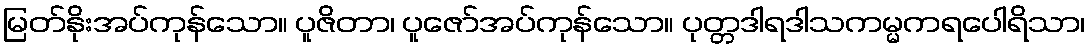
မြတ်နိုးအပ်ကုန်သော။ ပူဇိတာ၊ ပူဇော်အပ်ကုန်သော။ ပုတ္တဒါရဒါသကမ္မကရပေါရိသာ၊